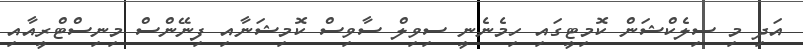
އަދި މި ސިލެކްޝަން ކޮމިޓީގައި ހިމެނެނީ ސިވިލް ސާވިސް ކޮމިޝަނާއި ފިނޭންސް މިނިސްޓްރީއާއި